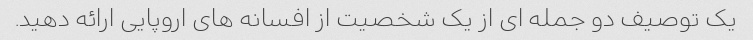
یک توصیف دو جمله ای از یک شخصیت از افسانه های اروپایی ارائه دهید.